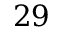
2 9